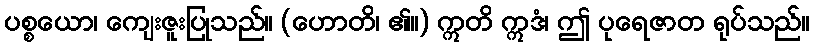
ပစ္စယော၊ ကျေးဇူးပြုသည်။ (ဟောတိ၊ ၏။) ဣတိ ဣဒံ၊ ဤ ပုရေဇာတ ရုပ်သည်။